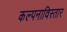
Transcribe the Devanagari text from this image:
कल्पनाविस्तार